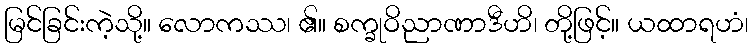
မြင်ခြင်းကဲ့သို့။ လောကဿ၊ ၏။ စက္ခုဝိညာဏာဒီဟိ၊ တို့ဖြင့်။ ယထာရဟံ၊